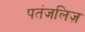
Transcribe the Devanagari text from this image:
पतंजलिज़